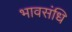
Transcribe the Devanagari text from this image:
भावसंधि